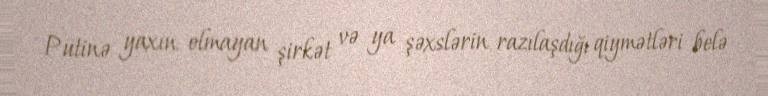
Putinə yaxın olmayan şirkət və ya şəxslərin razılaşdığı qiymətləri belə